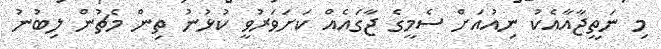
މި ނަތީޖާއާއެކު ނިއުއަށް ސެމީގެ ޖާގައެއް ކަށަވަރުވީ ކުޅުނު ތިން މެޗުން ލިބުނު